Civil Veterinary Department Bengal reports 1933-51 - 1933-1951
Year: 1933
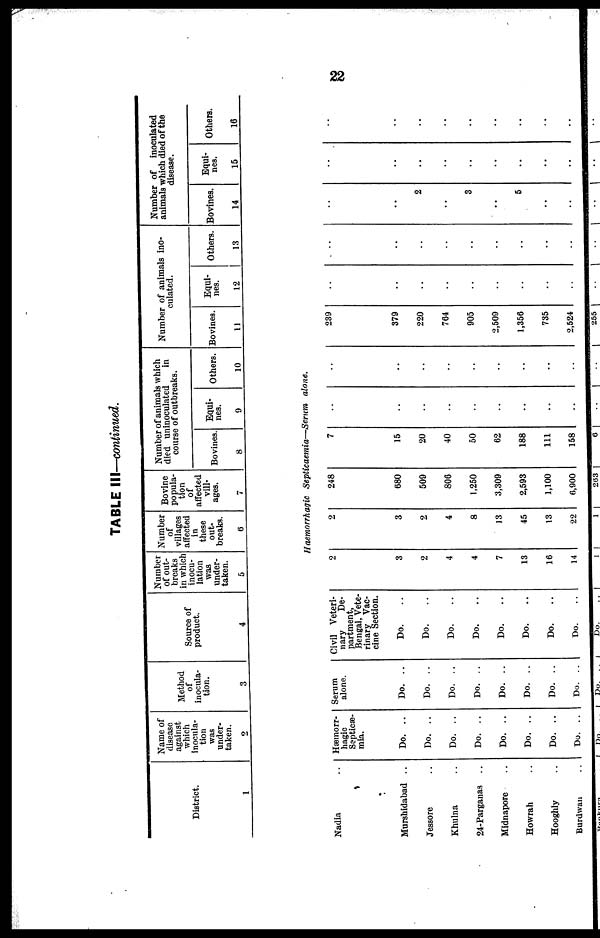
22
TABLE III—continued.
District.
1
Name of
disease
against
which
inocula-
tion
was
under-
taken.
2
Method
of
inocula-
tion.
3
Source of
product.
4
Number
of out-
breaks
in which
inocu-
lation
was
under-
taken.
5
Number
of
villages
affected
in
these
out-
breaks.
6
Bovine
popula-
tion
of
affected
vill-
ages.
7
Number of animals which
died uninoculated
in
course of outbreaks.
Bovines.
8
Equi-
nes.
9
Others.
10
Number of animals ino-
culated.
Bovines.
11
Equi-
nes.
12
Others.
13
Number of
inoculated
animals which died of the
disease.
Bovines.
14
Equi-
nes.
15
Others.
16
Haemorrhagic Septicaemia—Serum
alone.
Nadia ..
Murshidabad ..
Jessore ..
Khulna ..
24-Parganas ..
Midnapore ..
Howrah ..
Hooghly ..
Burdwan ..
Hæmorr-
hagic
Septicæ-
mia.
Do. ..
Do. ..
Do. ..
Do. ..
Do. ..
Do. ..
Do. ..
Do. ..
Serum
alone.
Do. ..
Do. ..
Do. ..
Do. ..
Do. ..
Do. ..
Do. ..
Do. ..
Civil Veteri-
nary
De-
partment,
Bengal, Vete-
rinary Vac-
cine Section.
Do. ..
Do. ..
Do. ..
Do. ..
Do. ..
Do. ..
Do. ..
Do. ..
2
3
2
4
4
7
13
16
14
2
3
2
4
8
13
45
13
22
248
680
509
806
1,250
3,309
2,593
1,100
6,900
7
15
20
40
50
62
188
111
158
..
..
..
..
..
..
..
..
..
..
..
..
..
..
..
..
..
..
239
379
220
764
905
2,509
1,356
735
2,524
..
..
..
..
..
..
..
..
..
..
..
..
..
..
..
..
..
..
..
..
2
..
3
..
5
..
..
..
..
..
..
..
..
..
..
..
..
..
..
..
..
..
..
..
..